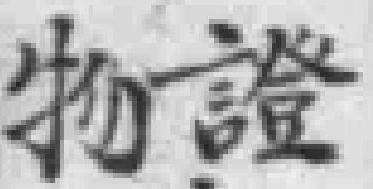
物證